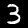
Label: 3